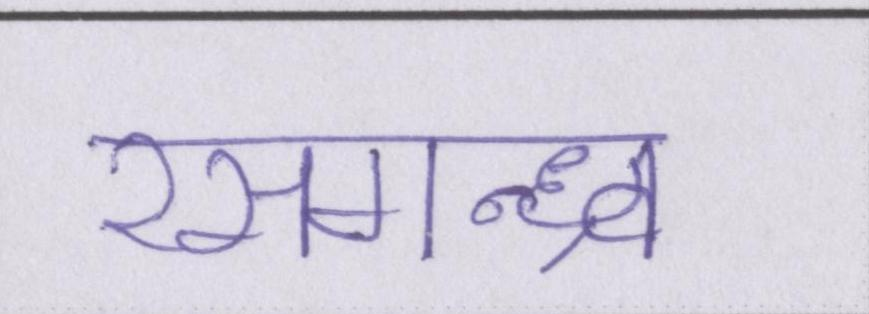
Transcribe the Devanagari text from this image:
रसगन्ध्र्व